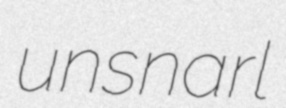
unsnarl